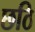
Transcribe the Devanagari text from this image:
छठि